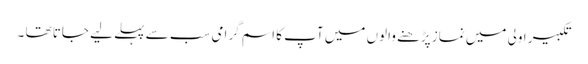
تکبیر اولی میں نماز پڑھنے والوں میں آپ کا اسم گرامی سب سے پہلے لیے جاتا تھا ۔